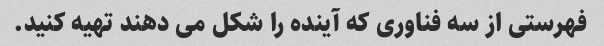
فهرستی از سه فناوری که آینده را شکل می دهند تهیه کنید.